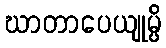
ဃာတာပေယျုမ္ပိ